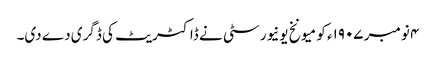
۴ نومبر ١٩٠۷ء کو میونخ یونیورسٹی نے ڈاکٹریٹ کی ڈگری دے دی۔